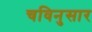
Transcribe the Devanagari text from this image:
चविनुसार